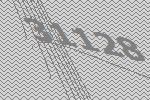
31128